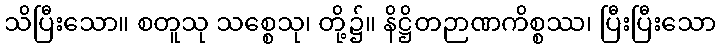
သိပြီးသော။ စတူသု သစ္စေသု၊ တို့၌။ နိဋ္ဌိတဉာဏကိစ္စဿ၊ ပြီးပြီးသော